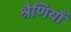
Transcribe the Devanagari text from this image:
श्रैणियाँ